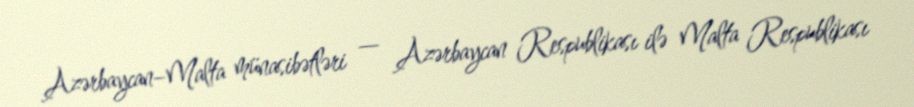
Azərbaycan–Malta münasibətləri — Azərbaycan Respublikası ilə Malta Respublikası